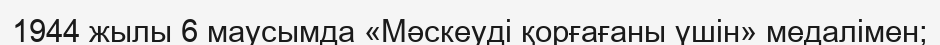
1944 жылы 6 маусымда «Мәскеуді қорғағаны үшін» медалімен;